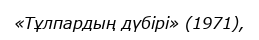
«Тұлпардың дүбірі» (1971),